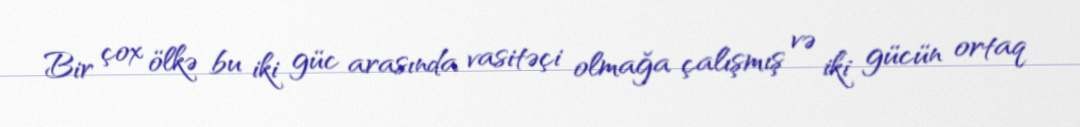
Bir çox ölkə bu iki güc arasında vasitəçi olmağa çalışmış və iki gücün ortaq